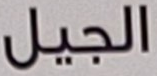
الجيل